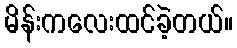
မိန်းကလေးထင်ခဲ့တယ်။